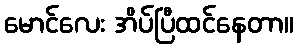
မောင်လေး အိပ်ပြီထင်နေတာ။